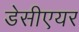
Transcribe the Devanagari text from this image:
डेसीएयर